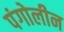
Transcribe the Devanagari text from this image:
पंगोलीन